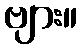
ဗျား။